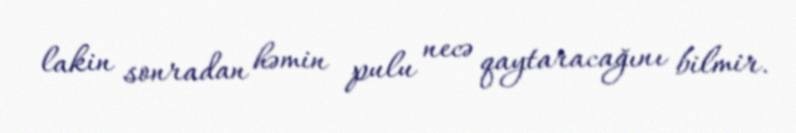
lakin sonradan həmin pulu necə qaytaracağını bilmir.